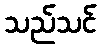
သည်သင်